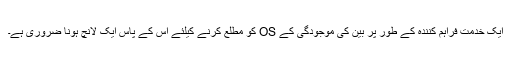
ایک خدمت فراہم کنندہ کے طور پر بین کی موجودگی کے OS کو مطلع کرنے کیلئے اس کے پاس ایک لانچ ہونا ضروری ہے۔